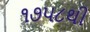
૧૭૫૮થી